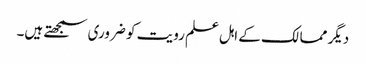
دیگر ممالک کے اہل علم رویت کو ضروری سمجھتے ہیں۔